Annual report on the working of the lock hospitals in the North-Western Provinces and Oudh
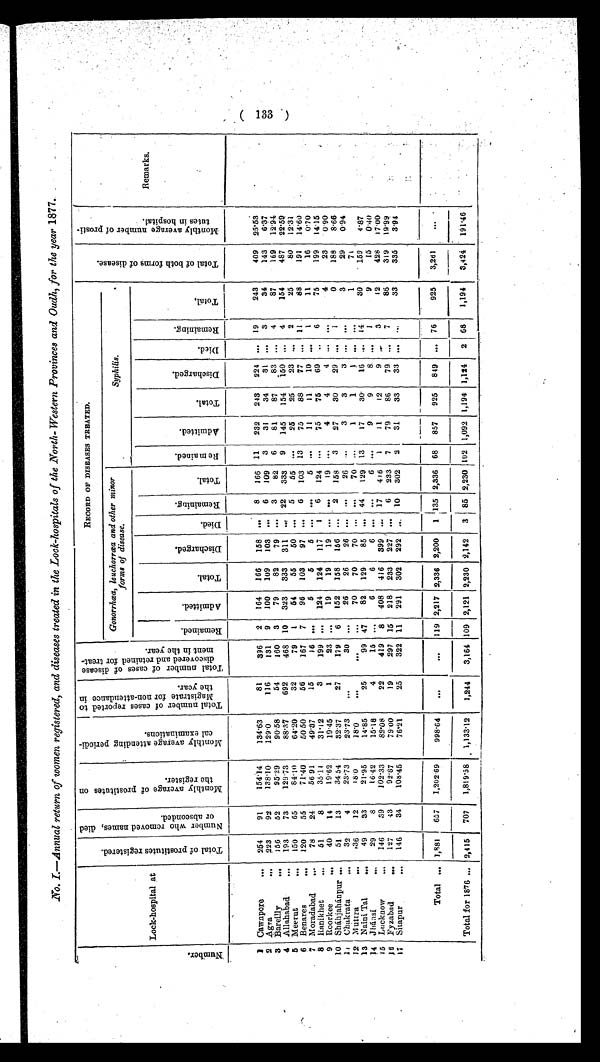
No. I.—Annual return of women registered, and diseases treated in the Lock-hospitals of the North-Western Provinces and Oudh, for the year 1877.
N u m b e r .
Lock-hospital at
T o t a l o f p r o s t i t u t e s r e g i s t e r e d .
N u m b e r w h o r e m o v e d n a m e s , d i e d o r a b s c o n d e d .
M o n t h l y a v e r a g e o f p r o s t i t u e s o n t h e r e g i s t e r .
M o n t h l y a v e r a g e a t t e n d i n g p e r i o d i c a l e x a m i n a t i o n s . T o t a l n u m b e r o f c a s e s r e p o r t e d t o M a g i s t r a t e f o r n o n - a t t e n d a n c e i n t h e y e a r .
T o t a l n u m b e r o f c a s e s o f d i s e a s e d i s c o v e r e d a n d r e t a i n e d f o r t r e a t m e n t i n t h e y e a r .
R E C O R D O F D I S E A S E S T R E A T E D .
T o t a l o f b o t h f o r m s o f d i s e a s e .
M o n t h l y a v e r a g e n u m b e r o f p r o s t i t u t e s i n h o s p i t a l .
Remarks.
Gonorrhœa, leuchorrœa and other minor
forms of disease.
Syphilis.
Re ma i n e d .
A d m i t t e d .
T o t a l .
D i s c h a r g e d .
Di ed.
R e m a i n i n g .
T o t a l .
R e m a i n e d . A d m i t t e d .
T o t a l .
D i s c h a r g e d .
Di ed.
R e m a i n i n g .
T o t a l .
1 Cawnpore
... 254
91
154.14
134.63
81
396 2 164 166 158
. . . 8 166 11 232 243 224 . . . 19
243
409 25.53
. . . 6 109 3
31
34
31 . . . 3
34
143 6.37
9 100 109 103
2 Agra
... 223
92
138.10
129.0
116
131
. . . 3
82 6
81
87
83 . . 4
87
169 12.94
3
79
82
79
3 Bareilly ...
1 5 6 52
95.29
90.58
54
160
. . . 22 333 9 145 154 150 . . . 4
154
487 22.·59
10 323 333 311
4 Allahabad
... 193
73
129.73
88.37
692
468
2
25
80 12.31
1
54
55
50 . . . 5
55 ....
25
25
23 ,,,
5 Meerut
...,, 150
65
84·10
64·20
32
79
88
191 14.60
7
96 103 97 . . . 6 103 13
75
88
77 . . . 11
6 Benares
120
55
71.40
50.50
56
167
11
16 0.70
7
,,,
Moradabad
78
24
56.91
49.37
15
16
. . .
5
5
5 . . . . . .
5 ...
11
11
10 . . . 1
199 14.15
75
8
Rani khet 51
8
35.11
31.12
3
199 ... 124 124 117 1 6 124 ...
75
75
69 . . . 6
4
23 0.90
9 Roorkee
... 40 14
19.62
19.45
1
23
. . . 19
19
19 . . . . . . . . . 19 ....
4
4
4 . . .
. . .
0
188 8.66
6 152 158 156 ... 2 158 3
27
30
29 . . . 1
10 Sháhjahánpur ...
51
13
34.54
32.37
27
179
3
29 0.94
. . . 26
26
26 ... . . .
26 ...
3
3
3 . . . . . .
1 1 Chakrata
...
32
4
23.73
23.73
...
30
1
71
. . . 70
70
70
. . . . . .
70 ...
1
1
1 . . . . . .
12 Muttra
...
· 3 6 12
18.0
18.0
. . .
. . .
30
159 4.87
47
82 129
85 . . . . . . 44 129 13
17
30
16 . . . 14
13 Naini Tal
.... 49 33
21·5
14.85
25
99
9
15
0 . 4 0
. . .
6
6
6
. . . . . .
6 ...
9
9
8 . . . 1
14 Jhánsi
...
29
8
16.42
15·18
4
15
428 17.00
12
8 408 416 399 ... 17 416 1
11
12
9 . . . 3
15 Lucknow
... 146
39
102.33
82.08
22
419
86
319 19.99
15 218 233 227 ... 6 233 7
79
86
79 . . .
7
16 Fyzabad
... 127
43
92.87
79.00
19
297
33
335 3.94
11 291 302 292 ... 10 302 2
31
33
33 . . . . . .
1 7 Sitapur
... 146
34
108.45
76.21
25
322
3,261
. . .
Total ... 1,881 657 1,202·69
998.64 ...
... 119 2,217 2,336 2,200 1 135 2,336 68 857 925 849 ... 76
925
3,424 191·46
Total for 1876 ... 2,415 707 1,819·.58 1,133.12 1,244 3,164 109 2,121 2,230 2,142 3 85 2,230 102 1,092 1,194 1,124 2 68 1,194
(133)